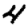
Digit: 4